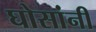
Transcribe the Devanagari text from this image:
घोसांनी